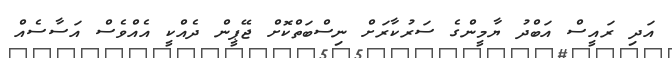
އަދި ރައީސް އަބްދު ޔާމީންގެ ސަރުކާރަށް ނިސްބަތްކޮށް ޖޭޕީން ދެއްކީ އެއްވެސް އަސާސެއް